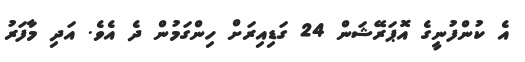
އެ ކުންފުނީގެ އޮޕަރޭޝަން 24 ގަޑިއިރަށް ހިންގަމުން ދެ އެވެ. އަދި މާފަރު